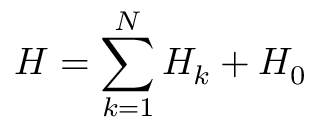
H = \sum _ { k = 1 } ^ { N } { { { H } _ { k } } } + { { H } _ { 0 } }